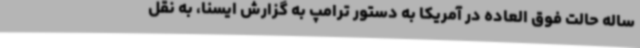
ساله حالت فوق العاده در آمریکا به دستور ترامپ به گزارش ایسنا، به نقل